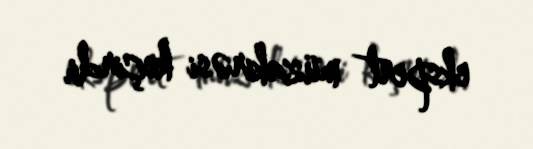
ekspert müzakirəsi keçirdi.